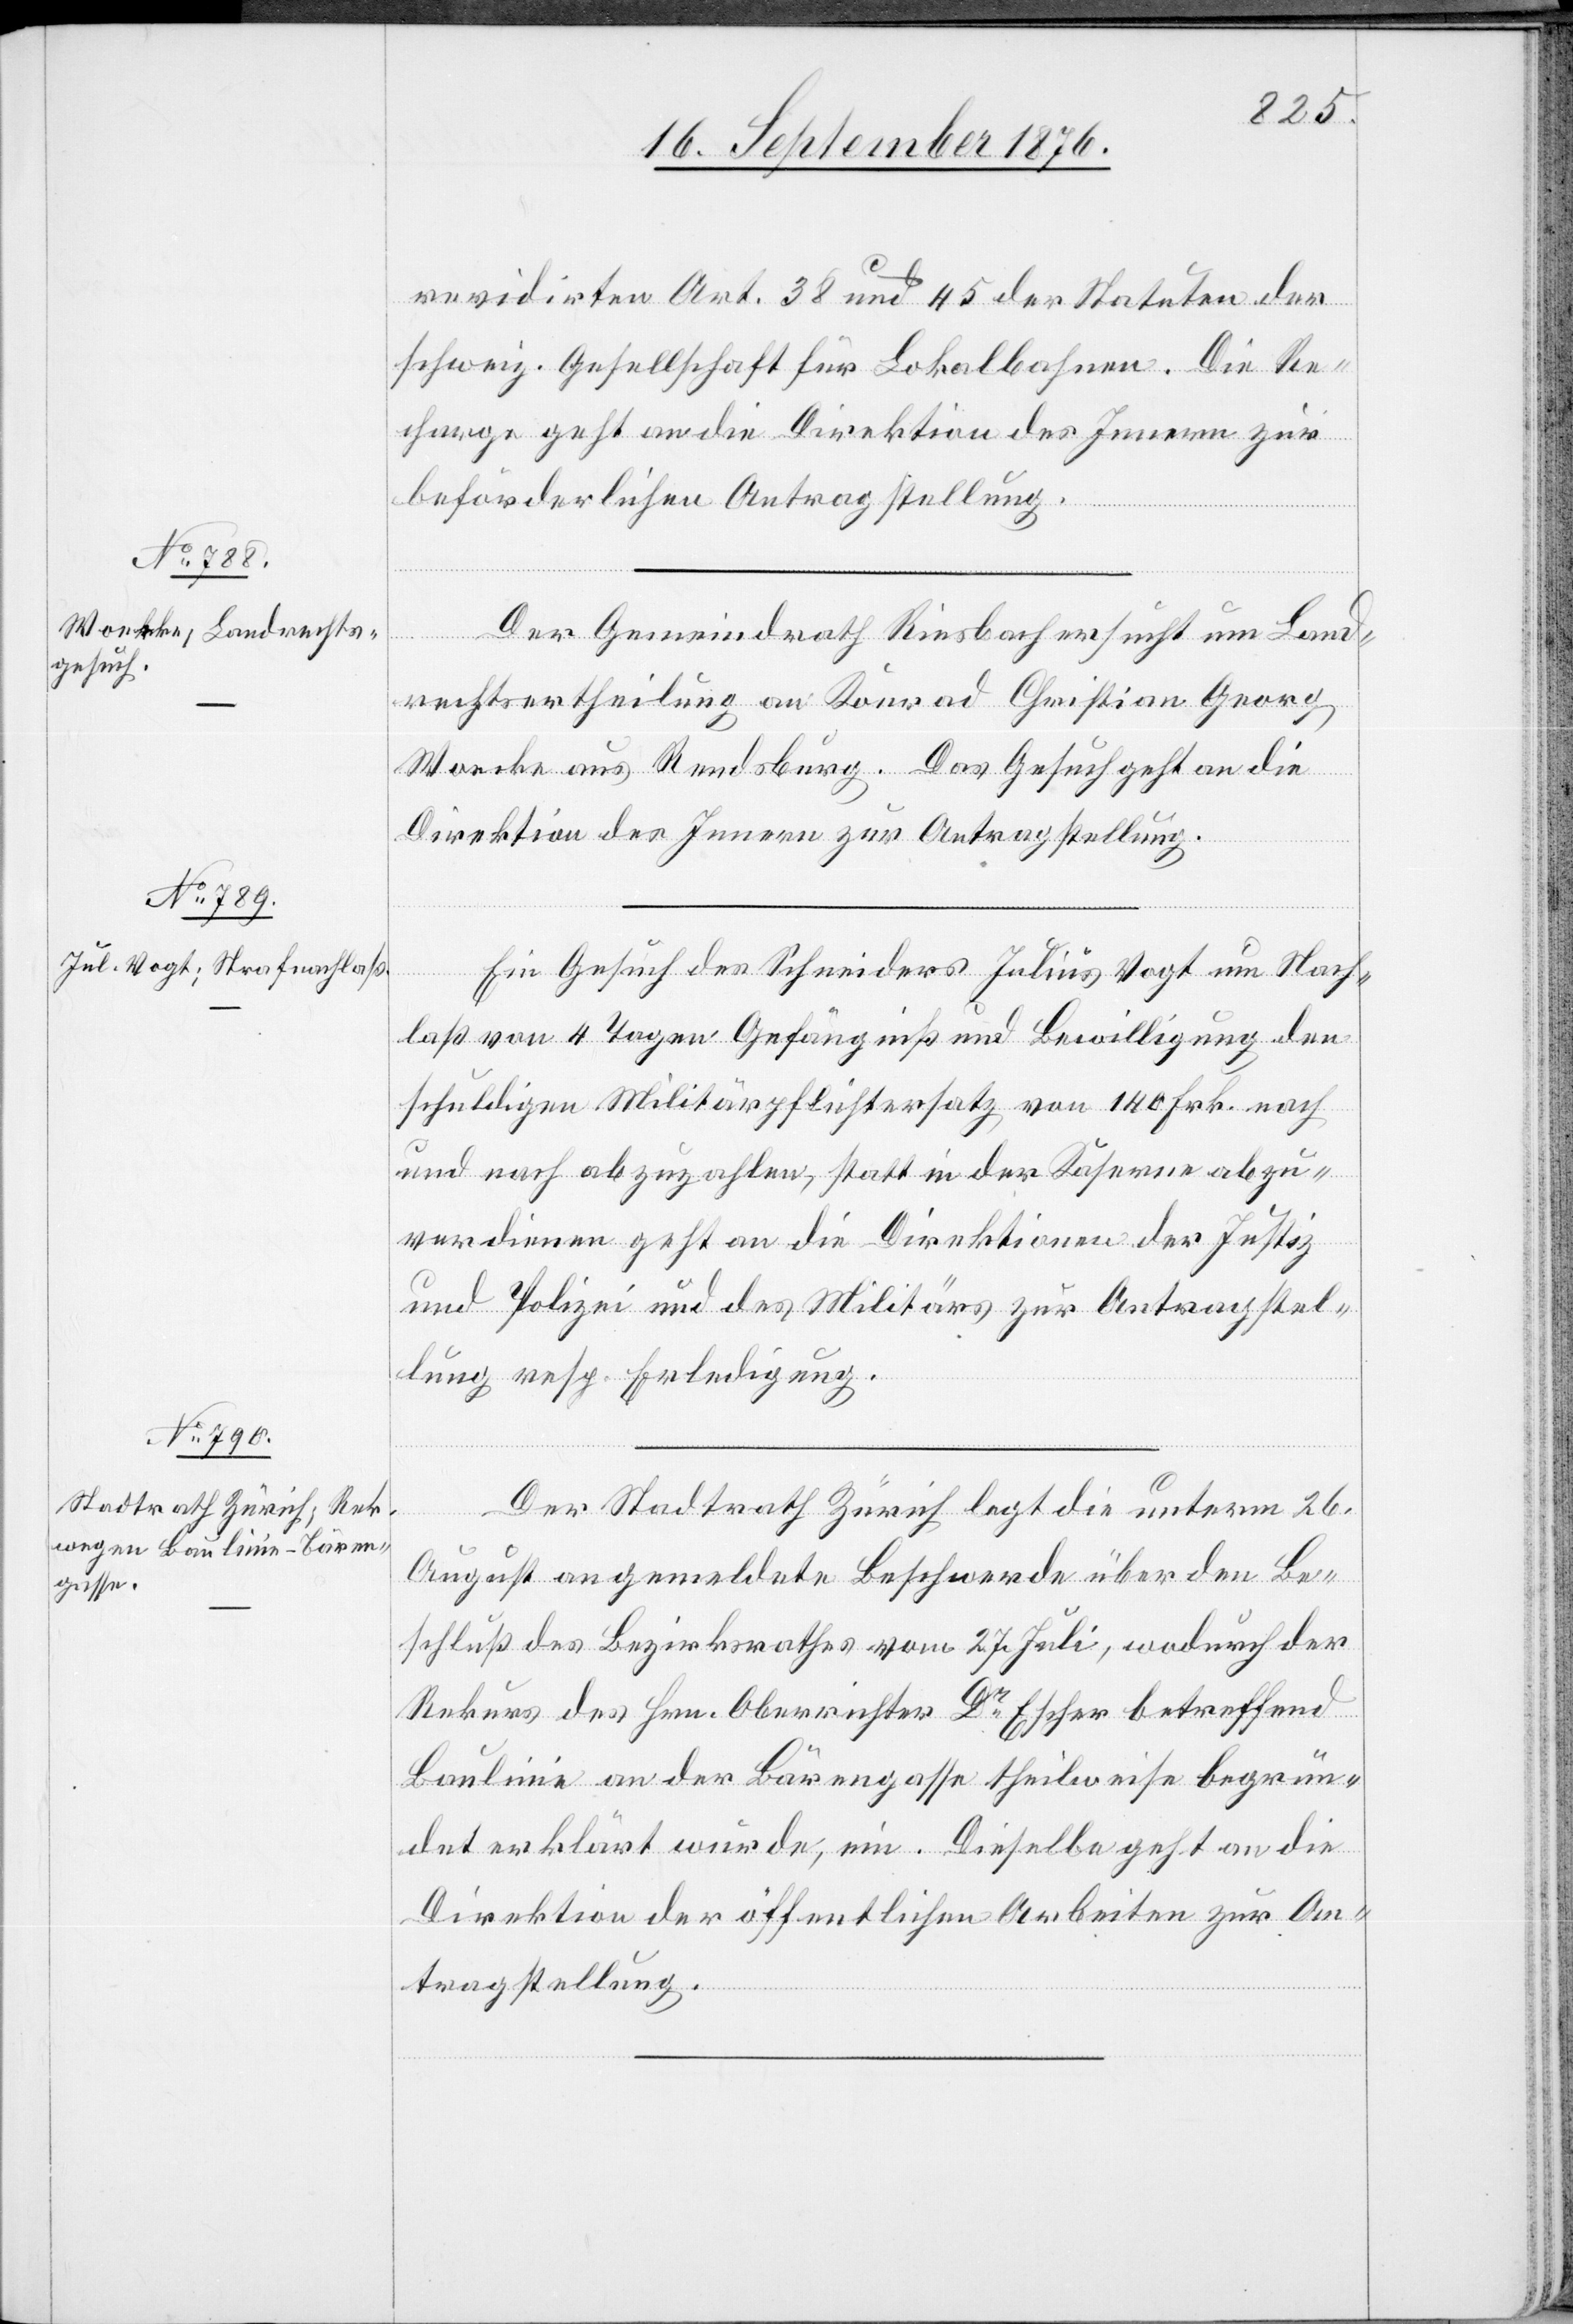
20. September 1876.]
revidirten Art. 38 und 45 der Statuten der
schweiz. Gesellschaft für Lokalbahnen. Die Re¬
charge geht an die Direktion des Innern zur
beförderlichen Antragstellung.
Der Gemeindrath Riesbach sucht um Land¬
rechtsertheilung an Konrad Christian Georg
[sic!] aus Rundsburg. Das Gesuch geht an die
Direktion des Innern zur Antragstellung.
Ein Gesuch des Schneiders Julius Vogt um Nach¬
laß von 4 Tagen Gefängniß und Bewilligung den
schuldigen Militärpflichtersatz von 140 Frk. nach
und nach abzuzahlen, statt in der Kaserne abzu¬
verdienen geht an die Direktion der Justiz
und Polizei und des Militärs zur Antragstel¬
lung resp. Erledigung.
Der Stadtrath Zürich legt die unterm 26.
August angemeldete Beschwerde über den Be¬
schluß des Bezirksrathes vom 27. Juli, wodurch der
Rekurs des Hrn. Oberrichter Dr Escher betreffend
Baulinie an der Bärengasse theilweise begrün¬
det erklärt wurde, ein. Dieselbe geht an die
Direktion der öffentlichen Arbeiten zur An¬
tragstellung.